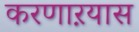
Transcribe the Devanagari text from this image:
करणाऱयास